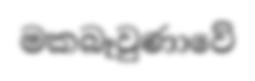
මකබෑවුණාවේ